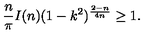
\frac { n } { \pi } I ( n ) ( 1 - k ^ { 2 } ) ^ { \frac { 2 - n } { 4 n } } \geq 1 .